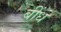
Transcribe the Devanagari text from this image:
बींध